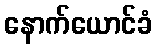
နောက်ယောင်ခံ